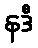
နဒီ